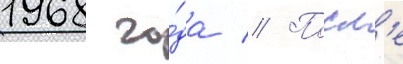
1968 го́да // Посл'е